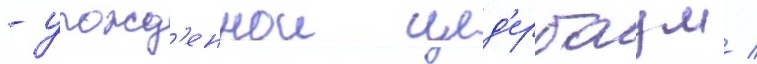
- урожд'еннои цед'ербаум /